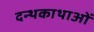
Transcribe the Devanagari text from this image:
दन्थकाथाओं